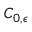
C _ { 0 , \epsilon }